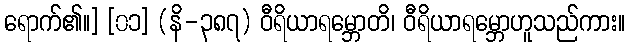
ရောက်၏။] [၀၁] (နိ-၃၈၇) ဝီရိယာရမ္ဘောတိ၊ ဝီရိယာရမ္ဘောဟူသည်ကား။